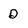
Character: D